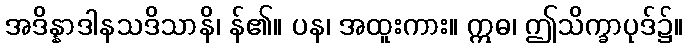
အဒိန္နာဒါနသဒိသာနိ၊ န်၏။ ပန၊ အထူးကား။ ဣဓ၊ ဤသိက္ခာပုဒ်၌။